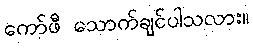
ကော်ဖီ သောက်ချင်ပါသလား။